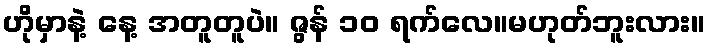
ဟိုမှာနဲ့ နေ့ အတူတူပဲ။ ဇွန် ၁၀ ရက်လေ။မဟုတ်ဘူးလား။